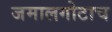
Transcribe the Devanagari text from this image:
जमालगोटाच